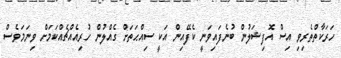
ހަރަކާތްތެރިވި އިސް އޮފިޝަލުން ބުނެފައިވަނީ ކެފޭއިން އަކީ ސިއްޙަތަށް ގެއްލުން ހުރިއެއްޗެއްކަމަށް ވިނަމަވެސް